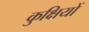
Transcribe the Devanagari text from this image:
कुक्षियों